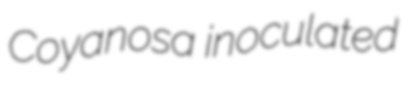
Coyanosa inoculated